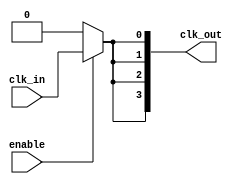
module ClockTreeBuffer (
    input wire clk_in,         // Input clock signal
    input wire enable,         // Enable signal for power management
    output wire [N-1:0] clk_out // Output clock signals
);
    parameter N = 4;           // Number of output drivers
    parameter STAGES = 3;      // Number of buffer stages

    // Intermediate signals for buffer stages
    wire [STAGES-1:0] buf_out;

    // Buffer stages implementation
    genvar i, j;
    generate
        // First stage buffer
        for (i = 0; i < STAGES; i = i + 1) begin : buffer_stage
            if (i == 0) begin
                // First stage directly drives from clk_in
                assign buf_out[i] = clk_in;
            end else begin
                // Subsequent stages drive from the previous stage
                assign buf_out[i] = ~buf_out[i-1]; // Inverter for buffering
            end
        end
    endgenerate

    // Output drivers
    generate
        for (j = 0; j < N; j = j + 1) begin : output_driver
            // Each output driver is enabled based on the enable signal
            assign clk_out[j] = enable ? buf_out[STAGES-1] : 1'b0; // Drive the last stage output
        end
    endgenerate

endmodule